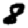
Digit: 8